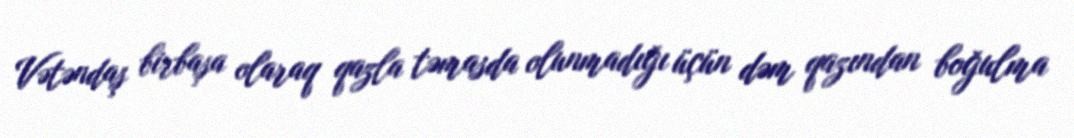
Vətəndaş birbaşa olaraq qazla təmasda olunmadığı üçün dəm qazından boğulma